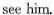
see him.